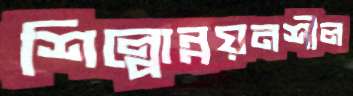
শিল্পোন্নয়নশীল